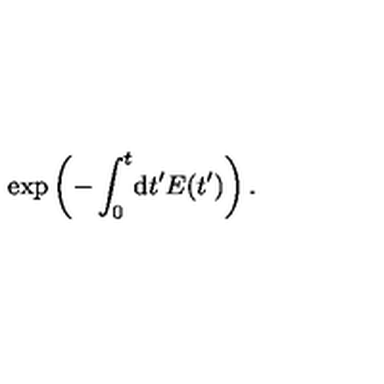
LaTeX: \exp \left( - \int _ { 0 } ^ { t } \! \mathrm { d } t ^ { \prime } E ( t ^ { \prime } ) \right) .